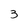
Character: 3